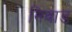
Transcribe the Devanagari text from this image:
निवाड